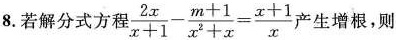
8. 若解分式方程 $$\frac{2x}{x+1}- \frac{m+1}{x^{2}+x}= \frac{x+1}{x}$$ 产生增根，则